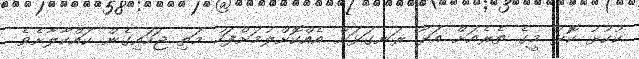
ކުކުޅު ކޮޅު މީގެ ތެރެއަށް އަޅާ ރަނގަޅަށް އެއްކޮށްލުމަށްފަހު މަތި ޖަހައިގެން ކައްކާލާށެވެ.